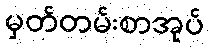
မှတ်တမ်းစာအုပ်